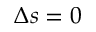
\Delta s = 0